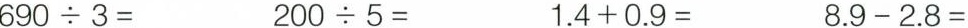
$$6 9 0 \div 3 =$$ $$2 0 0 \div 5 =$$ $$1 . 4 + 0 . 9 =$$ $$8 . 9 - 2 . 8 =$$